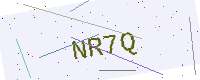
Text: NR7Q